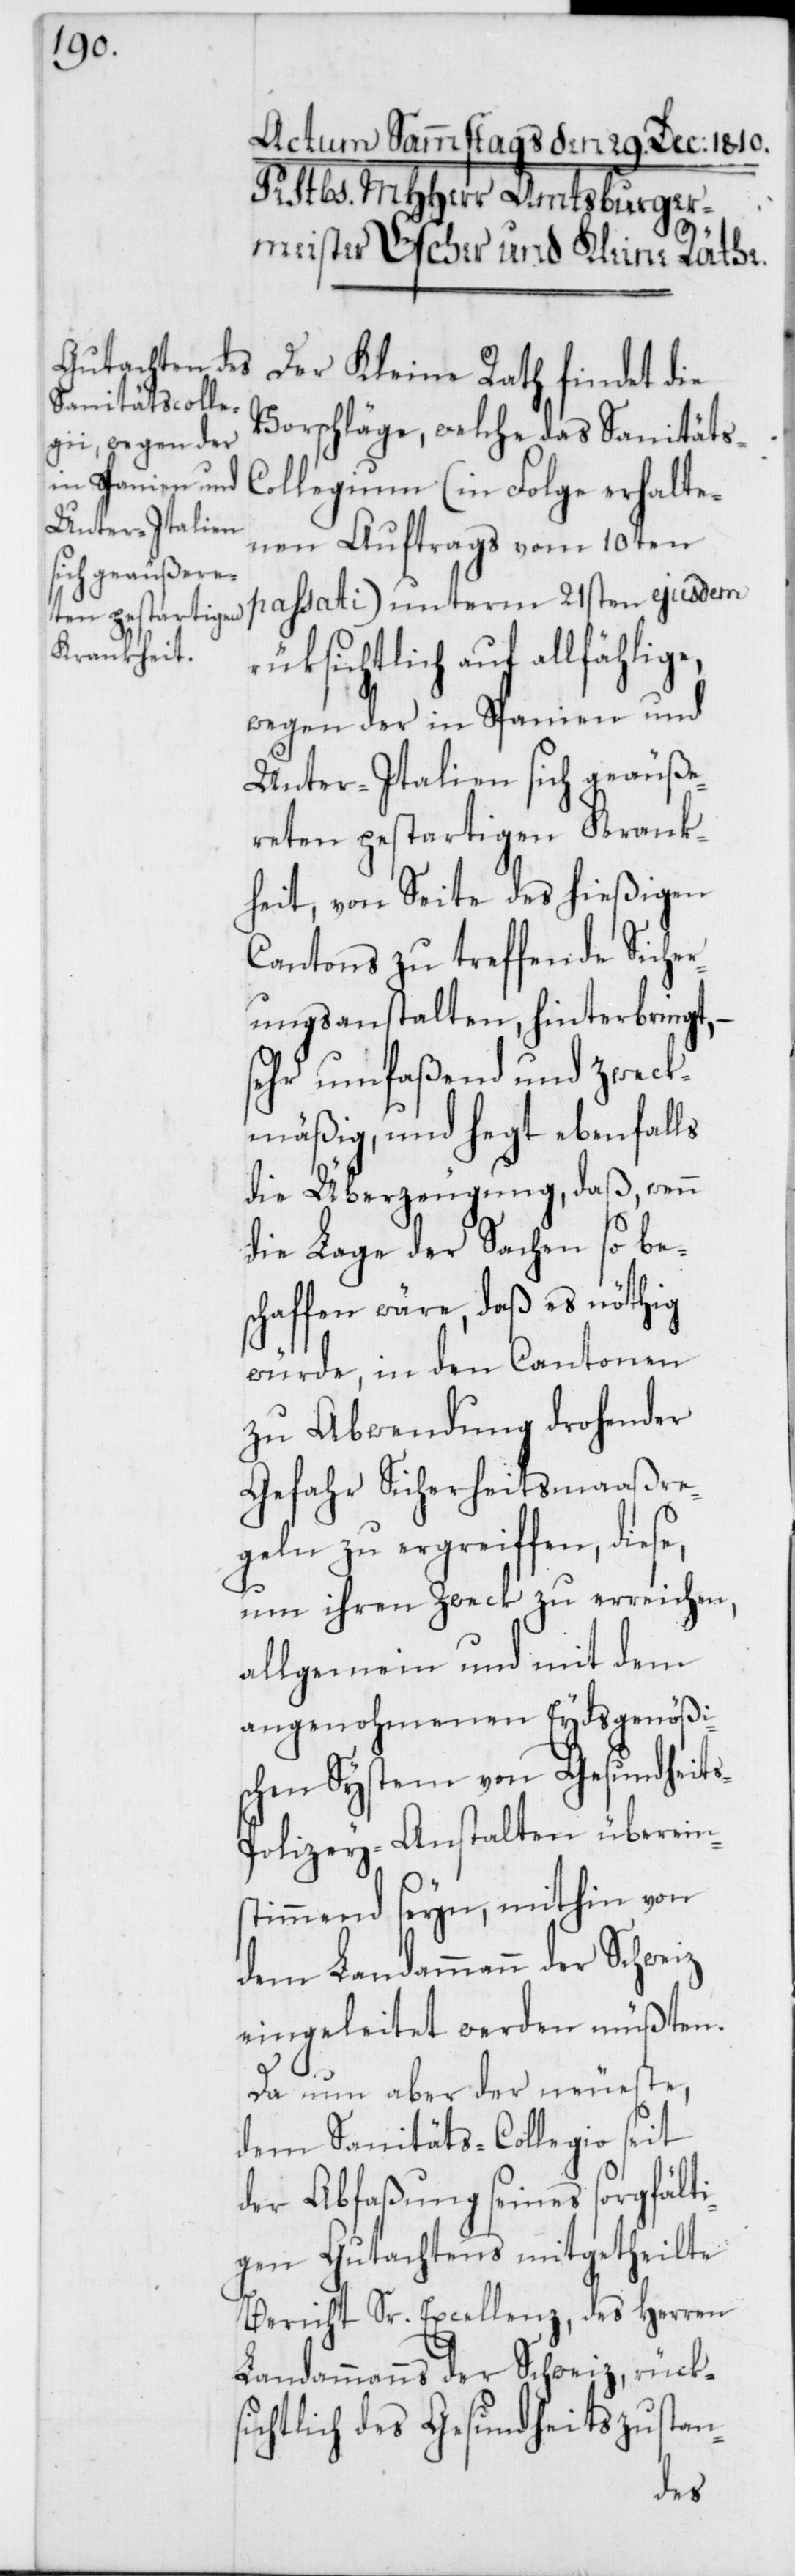
Der Kleine Rath findet die
Vorschläge, welche das Sanitäts-C¬
ollegium (in Folge erhalte¬
nen Auftrags vom 10ten
passati) unterm 21sten ejusdem
rüksichtlich auf allfählige,
wegen der in Spanien und
Unter-Italien sich geäuße¬
reten pestartigen Krank¬
heit, von Seite des hießigen
Cantons zu treffende Sicher¬
ungsanstalten, hinterbringt,
sehr umfaßend und zweck¬
mäßig, und hegt ebenfalls
die Überzeugung, daß wenn
die Lage der Sachen so be¬
schaffen wäre, daß es nöthig
würde, in den Cantonen
zu Abwendung drohender
Gefahr Sicherheitsmaaßre¬
geln zu ergreiffen, dies¬
um ihren Zweck zu erreichen,
allgemein und mit dem
angenohmenen Eydsgenößi¬
schen System von Gesundheit¬
olizey-Anstalten überein¬
stimmend seyn, mithin von
dem Landammann der Schweiz
eingeleitet werden müßten.
Da nun aber der neueste,
dem Sanitäts-Collegio seit
der Abfaßung seines sorgfälti¬
gen Gutachtens mitgetheilte
Bericht Sr. Excellenz, des Herren
Landammanns der Schweiz, rük¬
sichtlich des Gesundheitszustan-
s-P¬